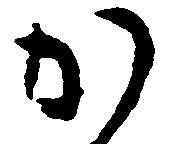
か